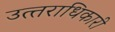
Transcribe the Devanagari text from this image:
उत्‍तराधिकारी